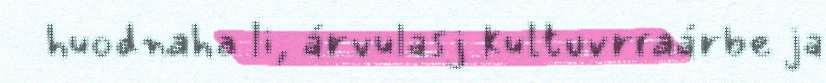
huodnaha li, árvulasj kultuvrraárbe ja